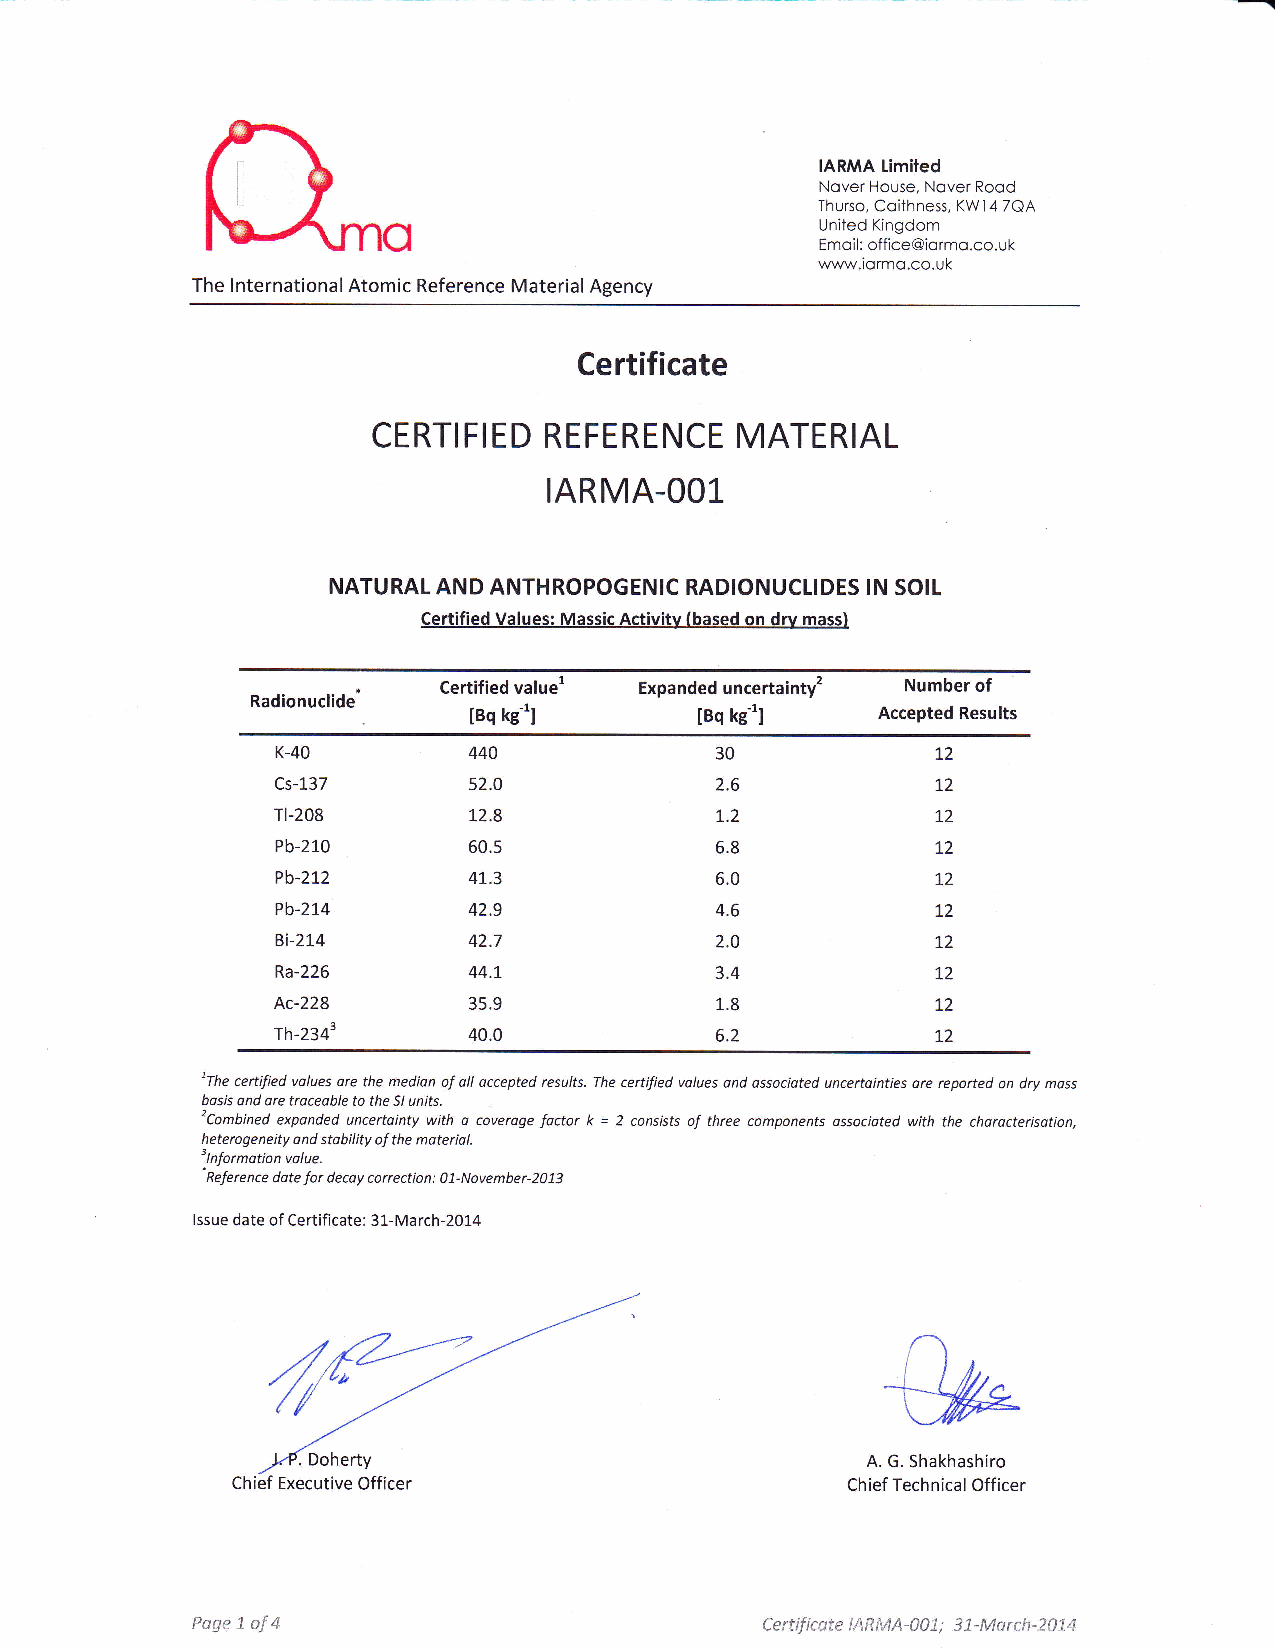
IARMA limited
 Nover House, Nover Rood
 Thurso, Coithness, KW14 7QA
 o
 United Kingdom
 Emoil: office@iormo.co.uk
 www.iormo.co.uk
 The lnternational Atomic Reference Material Agency
 Certificate
 CERT!FIED  REFERENCE    MATERIAL
 IARMA.OOl.
 NATURAL AND ANTHROPOGENIC RADIONUCLIDES IN SOIL
 Certified Values: Massic Activitv (based on drv mass)
 Certified valuel Expanded uncertainty2 Number of
 Radionuclide
 leq ke-'I      leq kc'I    Accepted Results
 K-40         440             30             72
 Cs-137       s2.0            2.6            12
 Tl-208       72.8            1.2            72
 Pb-210       60.5            6.8            12
 Pb-272       47.3            6.0            12
 Pb-274       42.9            4.6            72
 Bi-274       42.7            2.0            12
 Ra-226       44.7            3.4            12
 Ac-228       3s.9            1.8            72
 Th-2343      40.0            6.2            72
 lThe
 certified volues ore the medion of otl occepted results. The certified volues ond ossocioted uncertointies ore reported on dry moss
 bosis ond ore troceoble to the Sl units.
 2Combined exponded uncertointy with o coveroge foctor k = 2 consists of three components ossocioted with the chorocterisotion,
 heterogeneity ond stobility oJ the moteriol.
 ilnformotion
 volue.
 'Reference dote for decoy correction: 07-November-207j
 lssue date of Certificate: 31-March-2014
 &rl
 A. G. Shakhashiro
 Chief Technical Off icer
 Poge 1 of 4                           Certificate IARMA-a01; iL-March-2014